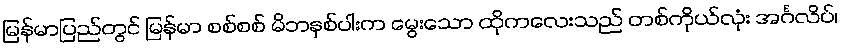
မြန်မာပြည်တွင် မြန်မာ စစ်စစ် မိဘနှစ်ပါးက မွေးသော ထိုကလေးသည် တစ်ကိုယ်လုံး အင်္ဂလိပ်၊